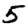
Digit: 5